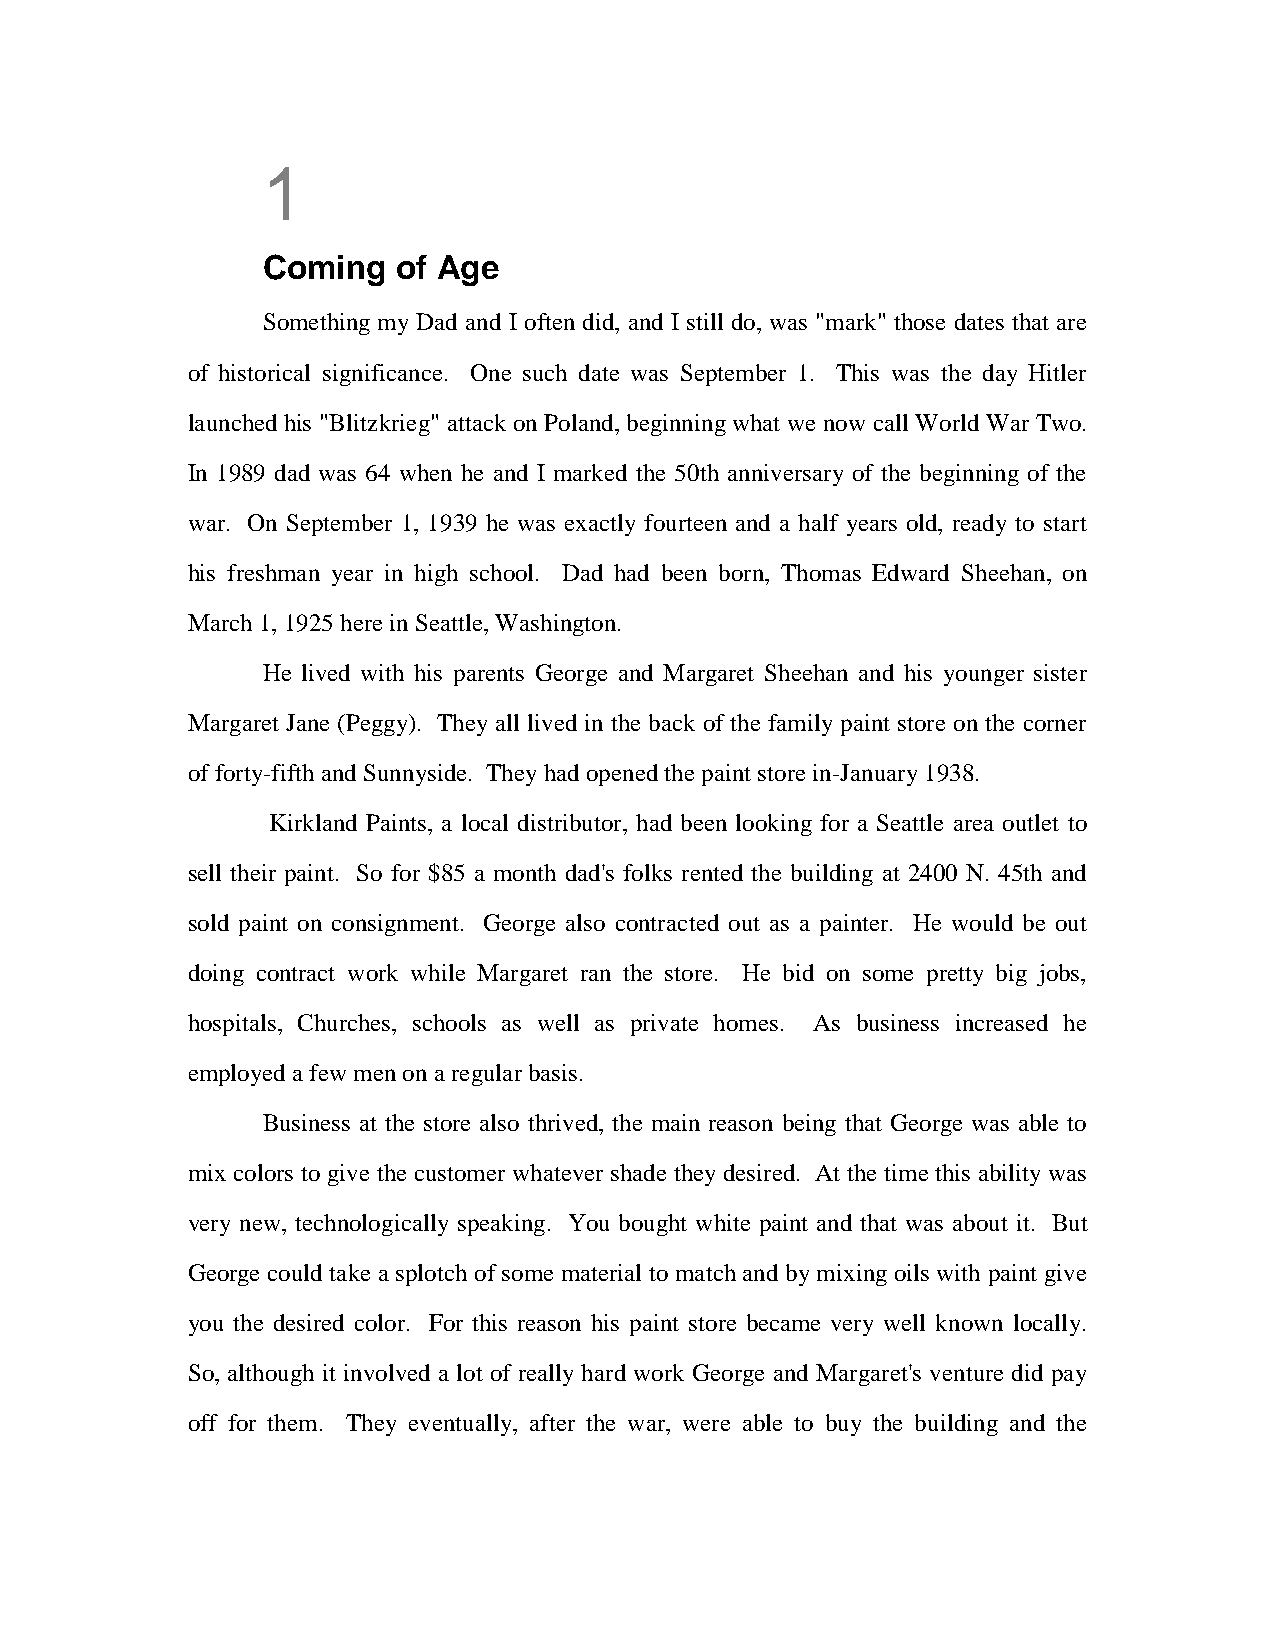
1
 Coming   of Age
 Something my Dad and I often did, and I still do, was "mark" those dates that are
 of historical significance. One such date was September 1. This was the day Hitler
 launched his "Blitzkrieg" attack on Poland, beginning what we now call World War Two.
 In 1989 dad was 64 when he and I marked the 50th anniversary of the beginning of the
 war. On September 1, 1939 he was exactly fourteen and a half years old, ready to start
 his freshman year in high school. Dad had been born, Thomas Edward Sheehan, on
 March 1, 1925 here in Seattle, Washington.
 He lived with his parents George and Margaret Sheehan and his younger sister
 Margaret Jane (Peggy). They all lived in the back of the family paint store on the corner
 of forty-fifth and Sunnyside. They had opened the paint store in-January 1938.
 Kirkland Paints, a local distributor, had been looking for a Seattle area outlet to
 sell their paint. So for $85 a month dad's folks rented the building at 2400 N. 45th and
 sold paint on consignment. George also contracted out as a painter. He would be out
 doing contract work while Margaret ran the store. He bid on some pretty big jobs,
 hospitals, Churches, schools as well as private homes. As business increased he
 employed a few men on a regular basis.
 Business at the store also thrived, the main reason being that George was able to
 mix colors to give the customer whatever shade they desired. At the time this ability was
 very new, technologically speaking. You bought white paint and that was about it. But
 George could take a splotch of some material to match and by mixing oils with paint give
 you the desired color. For this reason his paint store became very well known locally.
 So, although it involved a lot of really hard work George and Margaret's venture did pay
 off for them. They eventually, after the war, were able to buy the building and the